Vaccination in Bombay 1874-1876 - 1874-1876
Year: 1874
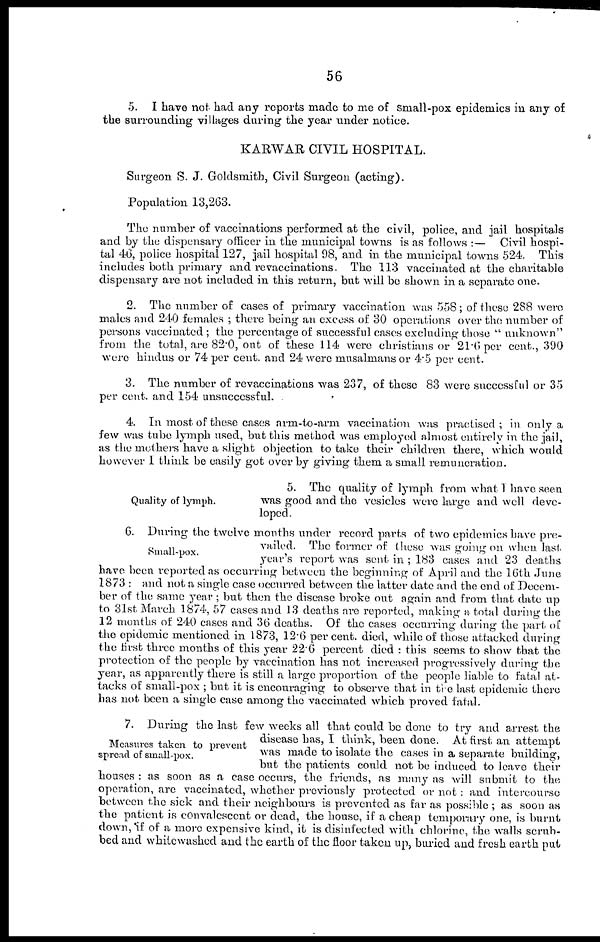
56
5. I have not had any reports made to me of small-pox epidemics in any of
the surrounding villages during the year under notice.
KARWAR CIVIL HOSPITAL.
Surgeon S. J. Goldsmith, Civil Surgeon (acting).
Population 13,263.
The number of vaccinations performed at the civil, police, and jail hospitals
and by the dispensary officer in the municipal towns is as follows :— Civil hospi-
tal 46, police hospital 127, jail hospital 98, and in the municipal towns 524. This
includes both primary and re vaccinations. The 113 vaccinated at the charitable
dispensary are not included in this return, but will be shown in a separate one.
2. The number of cases of primary vaccination was 558; of these 2S8 were
males and 240 females ; there being an excess of 30 operations over the number of
persons vaccinated ; the percentage of successful cases excluding those " unknown"
from the total, are 82.0, out of these 114 were christians or 21.6 per cent., 390
were hindus or 74 per cent, and 24 were musalmans or 4.5 per cent.
3. The number of revaccinations was 237, of these 83 were successful or 35
per cent, and 154 unsuccessful.
4. In most of these cases arm-to-arm vaccination was practised; in only a
few was tube lymph used, but this method was employed almost entirely in the jail,
as the mothers have a slight objection to take their children there, which would
however I think be easily got over by giving them a small remuneration.
Quality of lymph.
5. The quality of lymph from what 1 have seen
was good and the vesicles were large and well deve-
loped.
Small-pox.
G. During the twelve months under record parts of two epidemics have pre-
vailed. The former of these was going on when last
year's report was sent in ; 183 cases and 23 deaths
have been reported as occurring between the beginning of April and the 10th June
1873 : and not a single case occurred between the latter date and the end of Decem-
ber of the same year ; but then the disease broke out again and from that date up
to 31 st March 1874, 57 cases and 13 deaths are reported, making a total during the
12 months of 240 cases and 30 deaths. Of the cases occurring during the part of
the epidemic mentioned in 1873, 12.6 per cent, died, while of those attacked during
the tirst three months of this year 22.6 percent died : this seems to show that the
protection of the people by vaccination has not increased progressively during the
year, as apparently there is still a large proportion of the people liable to fatal at-
tacks of small-pox ; but it is encouraging to observe that in the last epidemic there
has not been a single case among the vaccinated which proved fatal.
Measures taken to prevent
spread of small-pox.
7. During the last few weeks all that could be done to try and arrest the
disease has, I think, been done. At first an attempt
was made to isolate the cases in a separate building,
but the patients could not be induced to leave their
houses : as soon as a case occurs, the friends, as many as will submit to the
operation, are vaccinated, whether previously protected or not : and intercourse
between the sick and their neighbours is prevented as far as possible ; as soon as
the patient is convalescent or dead, the house, if a cheap temporary one, is burnt
down, If of a more expensive kind, it is disinfected with chlorine, the walls scrub-
bed and whitewashed and the earth of the floor taken up, buried and fresh earth put